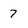
Character: 7